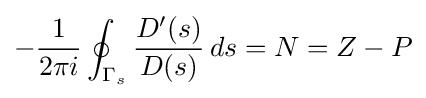
-{\frac {1}{2\pi i}}\oint _{\Gamma _{s}}{D'(s) \over D(s)}\,ds=N=Z-P